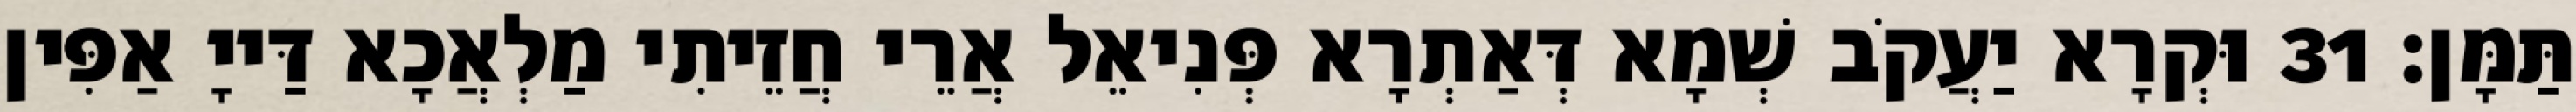
תַּמָּן׃ 31 וּקְרָא יַעֲקֹב שְׁמָא דְּאַתְרָא פְּנִיאֵל אֲרֵי חֲזֵיתִי מַלְאֲכָא דַּייָ אַפִּין